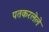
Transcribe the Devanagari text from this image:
पतकरलेले